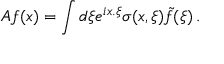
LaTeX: A f ( x ) = \int d \xi e ^ { i x . \xi } \sigma ( x , \xi ) \tilde { f } ( \xi ) \, .